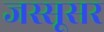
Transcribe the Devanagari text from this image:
जस्सूसर